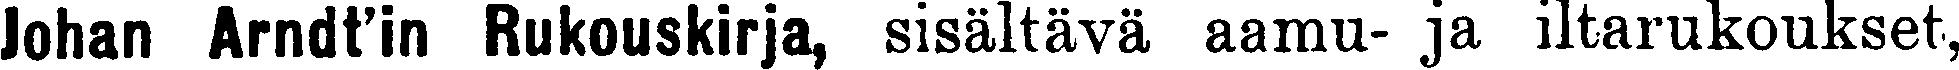
Johan Arndtin Rukouskirja, sisältävä aamu- ja iltarukoukset,